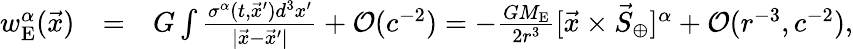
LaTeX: \begin{array}{rlr}{w_{\mathrm{E}}^{\alpha}(\vec{x})}&{=}&{G\int\frac{\sigma^{\alpha}(t,\vec{x}^{\prime})d^{3}x^{\prime}}{|\vec{x}-\vec{x}^{\prime}|}+{\cal O}(c^{-2})=-\frac{GM_{\mathrm{E}}}{2r^{3}}[{\vec{x}}\times{\vec{S}}_{\oplus}]^{\alpha}+{\cal O}(r^{-3},c^{-2}),}\end{array}